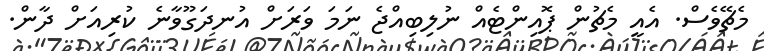
މެޗޭވެސް. އެއީ މެޗުން ޕޮއިންޓެއް ނުލިބިއްޖެ ނަމަ ވަރަށް އުނދަގޫވާނެ ކުރިއަށް ދާން.